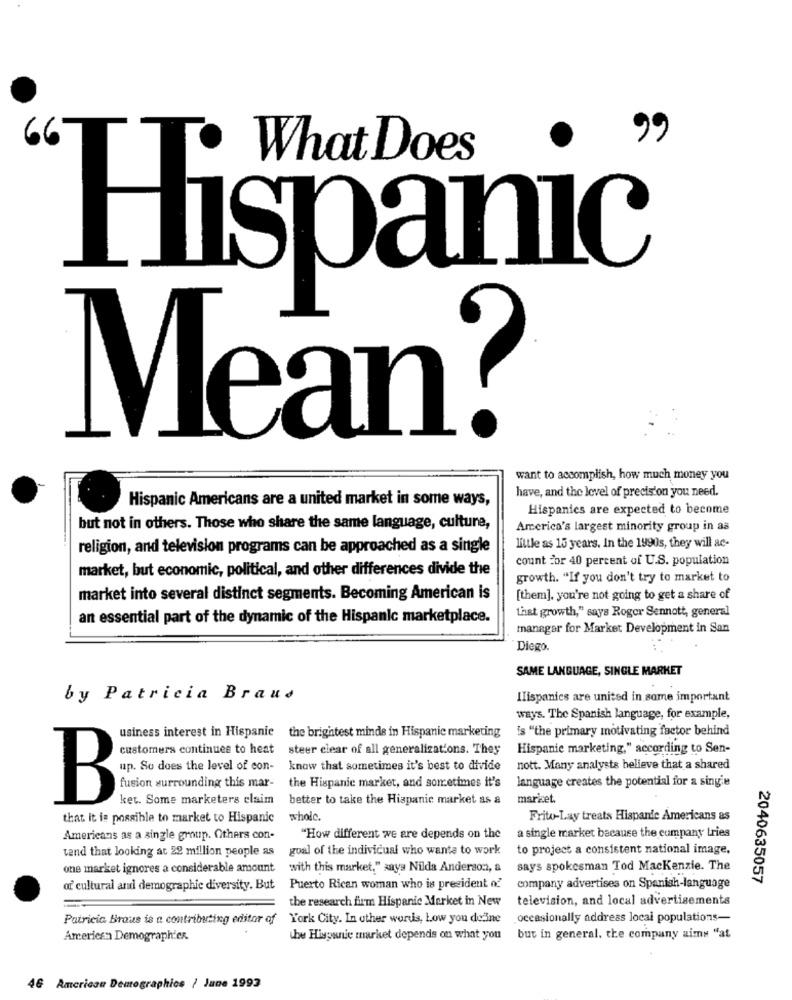
What Does
Hispanic
Mean®
want to accomplish, how much money you
Hispanic Americans are a united market in some ways,
have, and the level of precision you need.
Hispanics are expected to become
but not in others. Those who share the same language, culture,
America's largest minority group in as
religion, and television programs can be approached as a single
little as 15 years. In the 1990s, they will ac-
count for 40 percent of U.S. population
market, but economic, political, and other differences divide the
growth. "If you don't try to market to
market into several distinct segments. Becoming American is
[them]. you're not going to get a share of
that growth," says Roger Sennott, general
an essential part of the dynamic of the Hispanic marketplace.
manager for Market Development in San
Diego.
SAME LANGUAGE, SINGLE MARKET
by Patricia Braus
Ilispanics are united in some important
ways. The Spanish language, for example,
usiness interest in Hispanic the brightest minde in Hispanic marketing
is "the primary motivating factor behind
customers continues to heat steer clear of all generalizations. They
Hispanic marketing," according to Sen-
B
know that sometimes it's best to divide
nott. Many analysts believe that a shared
language creates the potential for a single
fusion surrounding this mar-
the Hispanic market, and sometimes it's
ket. Some marketers claim
better to take the Hispanic market as a
maricet.
that it is possible to market to Hispanic
wholc.
Frito-Lay treats Hispanic Americans as
Americans as a single group. Others con-
"How different we are depends on the
a single market bacause the company tries
tand that looking at 29 million people as
goal of the individual who wants to work
to project a consistent national image.
one market ignores a considerable amount
with this market," says Nilda Anderson, a
says spokesman Tod Mackenzie. The
2040635057
of cultural andi demographic diversity. But
Puerto Rican woman who is president of'
company advertises on Spanish-language
the research firm Hispanic Merket in New
television, and local advertisements
Patricia Brous is a contributing editor of
York City. In other words, Low you deine
occasionally address local populations-
American Demographics.
the Hispanic market depends on what you
but in general, the company zimy "at
46 Americau Demographics / June 1993